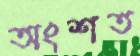
অংশত